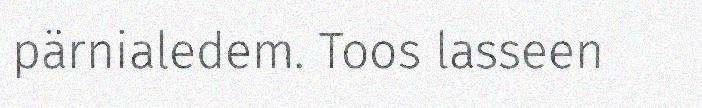
pärnialedem. Toos lasseen